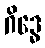
ဂိဒ္ဓေ